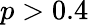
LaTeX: p>0.4